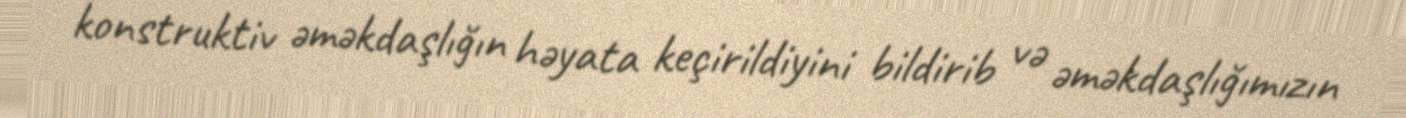
konstruktiv əməkdaşlığın həyata keçirildiyini bildirib və əməkdaşlığımızın